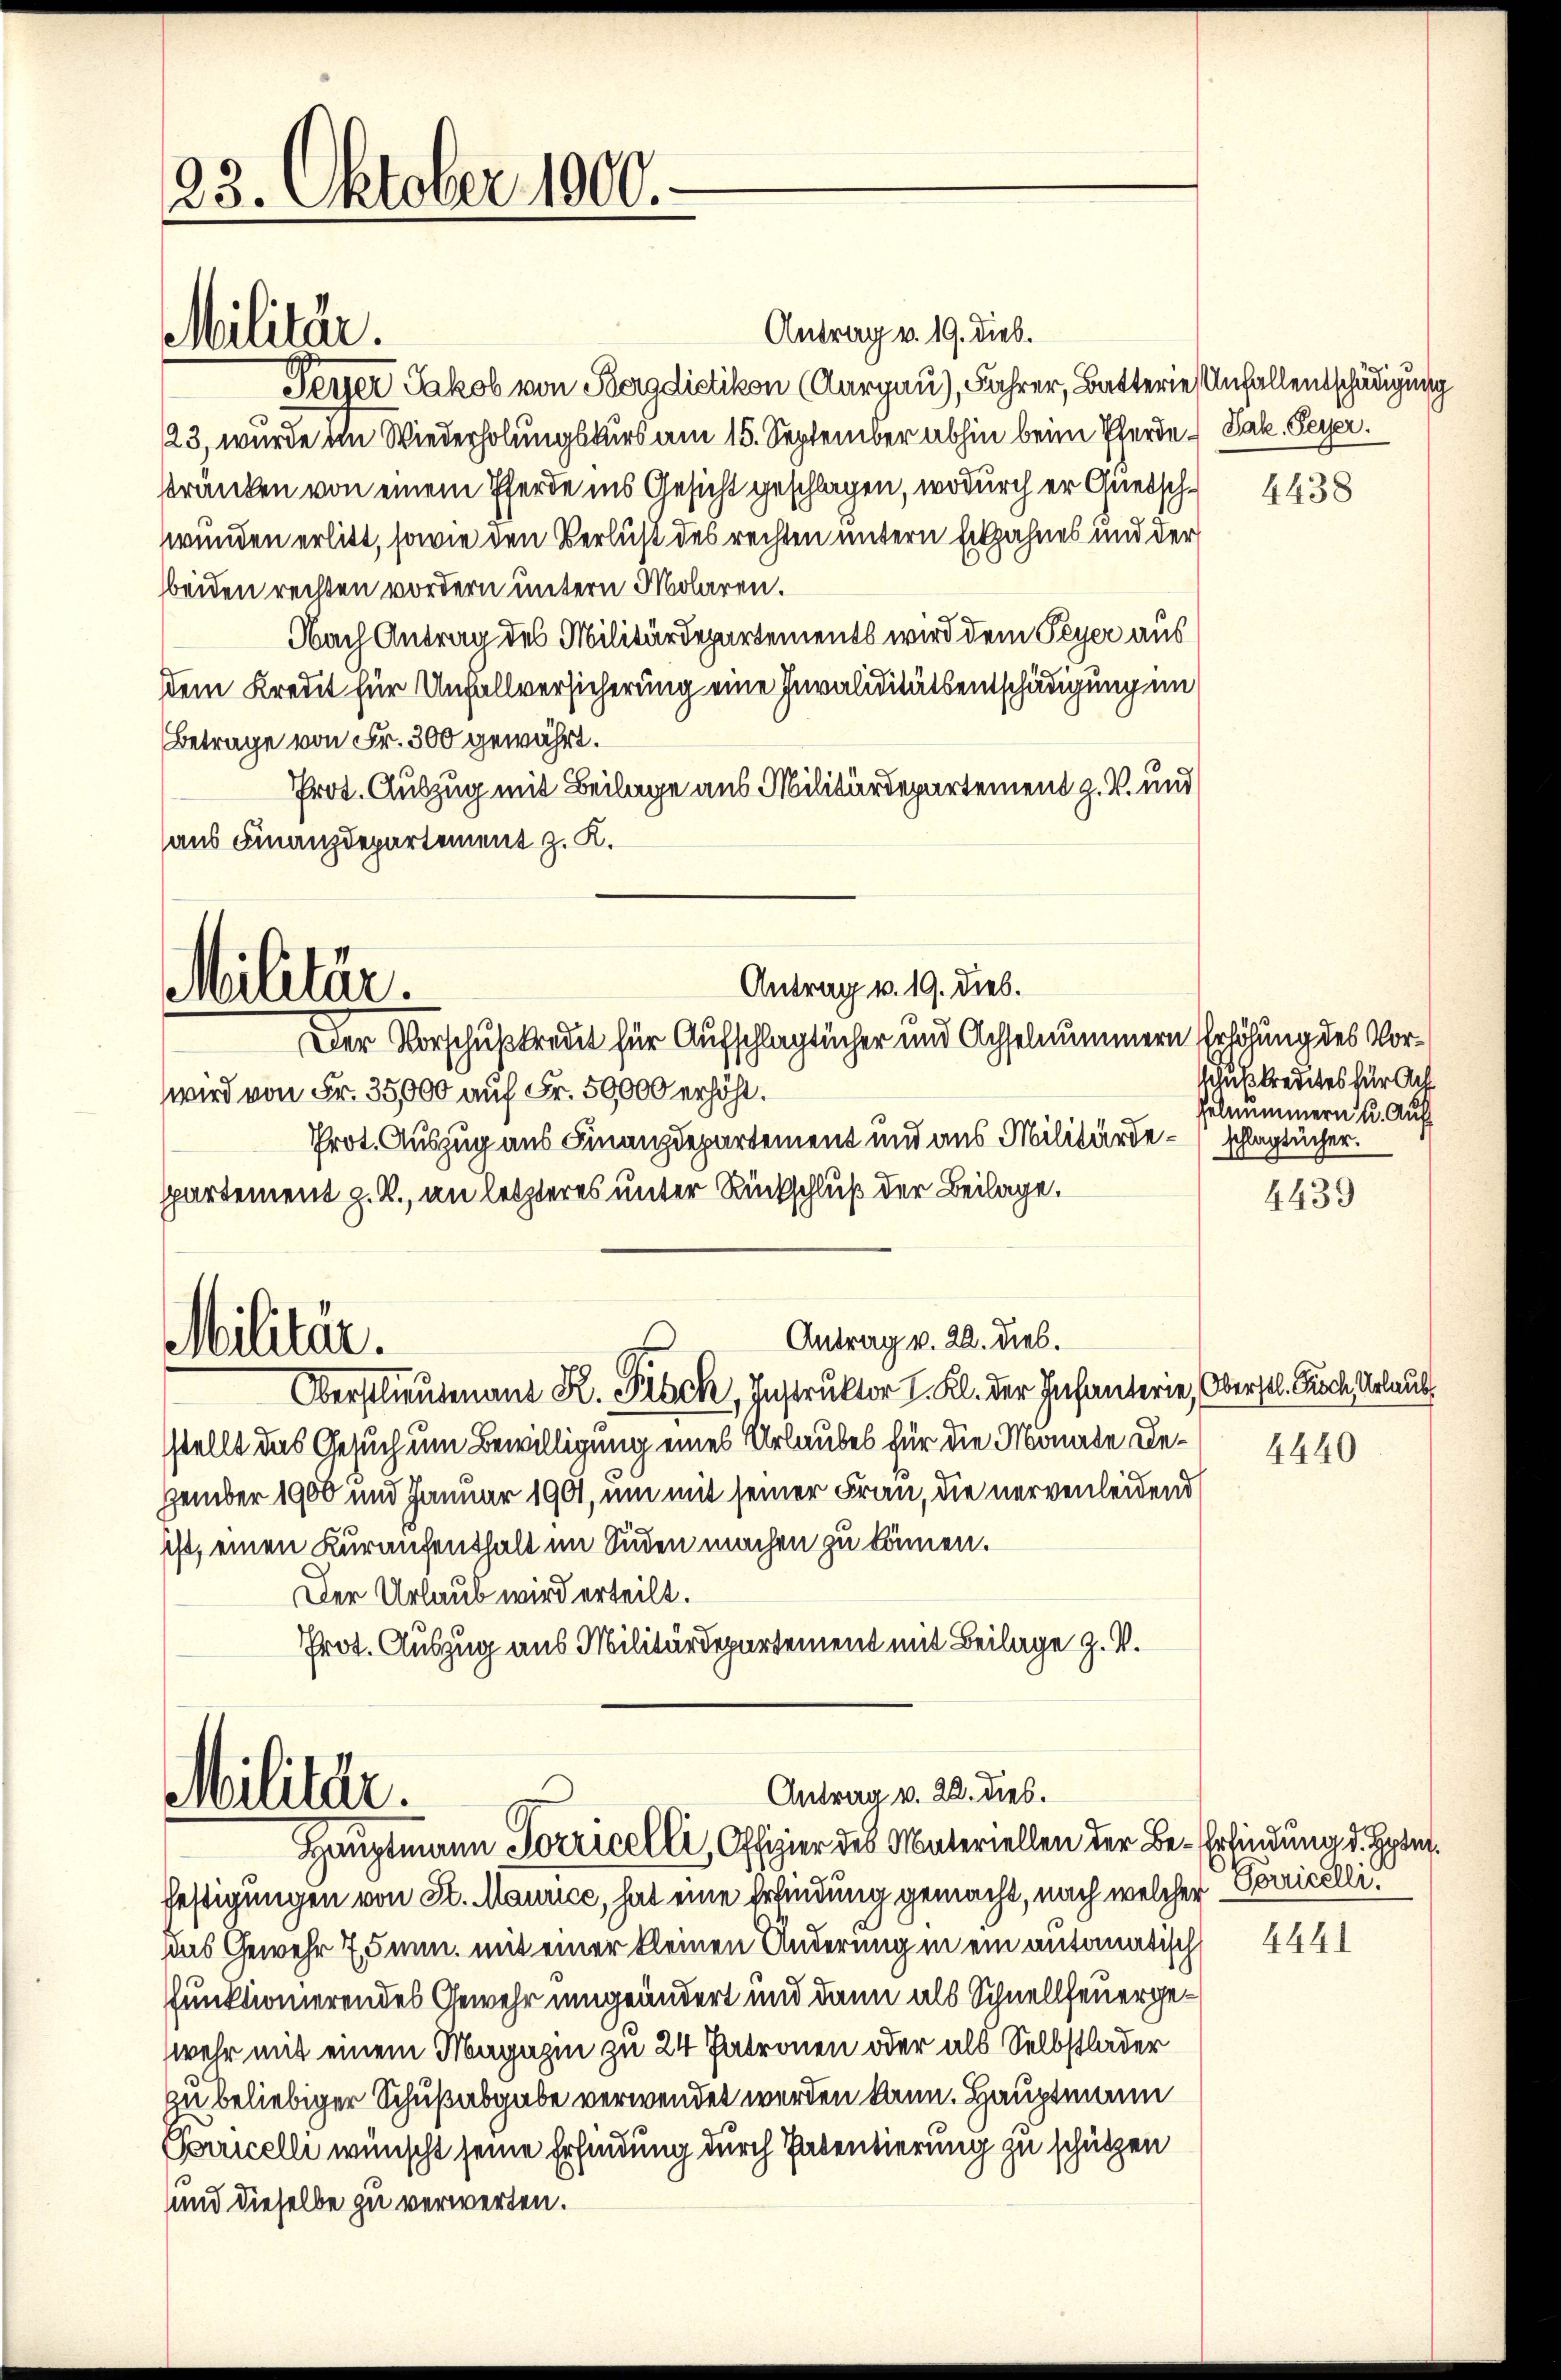
23. Oktober 1000.

Antrag v. 19. Dieb.
Peyer Jakob von Berg dietikon (Aargau), Jahrer, Batterie Anfallentschädigung
23, wurde im Wiederholungskurs am 15. September abhin beim Pferde Jak. Peyer.
kränken von einem Pferde ins Gesicht geschlagen, wodurch er Gietschwunden erlitt, sowie den Verlust des rechten untern Erkzahnes und der
beiden rechten vordern untern Molaren.
Nach Antrag des Militärdepartements wird dem Peyer aus
dem Kredit für Unfallversicherung eine Invaliditätsentschädigung im
Betrage von Fr. 300 gewährt.
Prot. Auszug mit Beilage aus Militärdepartement z. B. und
aus Finanzdepartement z. K.
Der Vorschußkredit für Aufschlagtücher und Achselnummern Erhöhung des Vorwird von Fr. 35,000 auf Fr. 50000 erhöht.
Prot. Auszug aus Finanzdepartement und aus Militärde - schlagtücher.
partement z. B., an letzteres unter Rückschluß der Beilage.
Antrag v. 22. dies.
Militär.
Oberstlieutenant R. Pilch, Instruktor I. Kl. der Infanterie, Oberstl. Reiche Urlaub
sstellt das Gesuch um Bewilligung eines Urlaubes für die Monate Dezember 1900 und Januar 1901, um mit seiner Frau, die nervenleidend
ist, einen Kuraichenthalt im Süden machen zu können.
Der Urlaub wird erteilt.
Prot. Auszug aus Militärdepartement mit Beilage z. V.

Militär.

Militär.

Antrag v. 19. Dieb.

Antrag v. 20. dies.
Militär.
Hauptmann Sorricelli, Offizier des Materiellen der Be-Erfindung d. Hote

festigungen von St. Maurice, hat eine Erfindung gemacht, nach welcher Vorricelli
Das Gewehr 7 5mn. mit einer kleinen Änderung in ein automatisch
funktionierendes Gewehr umgeändert und dann als Schnellfeuergewehr mit einem Magazin zu 24 Patronen oder als Selbstlader
zu beliebiger Schußabgabe verwendet werden kann. Hauptmann
Pomicelle wünscht seine Erfindung durch Patentierung zu schützen
und dieselbe zu verwerten.

4438

schußkredites für Auf
selnummern u. Auf¬

4439

4440

4441